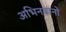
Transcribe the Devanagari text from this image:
अभिनवानो